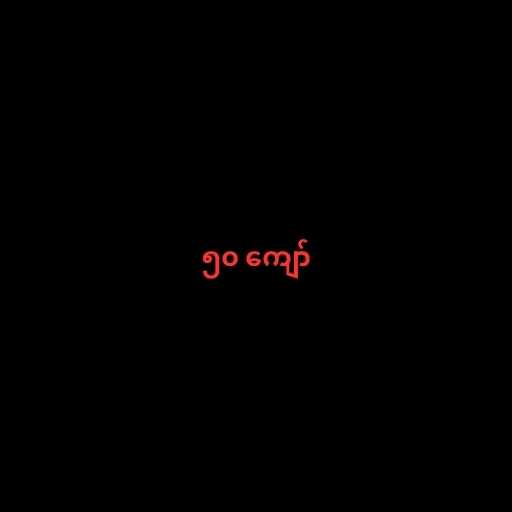
၅၀ ကျော်